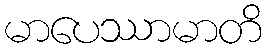
မာပေဿာမာတိ